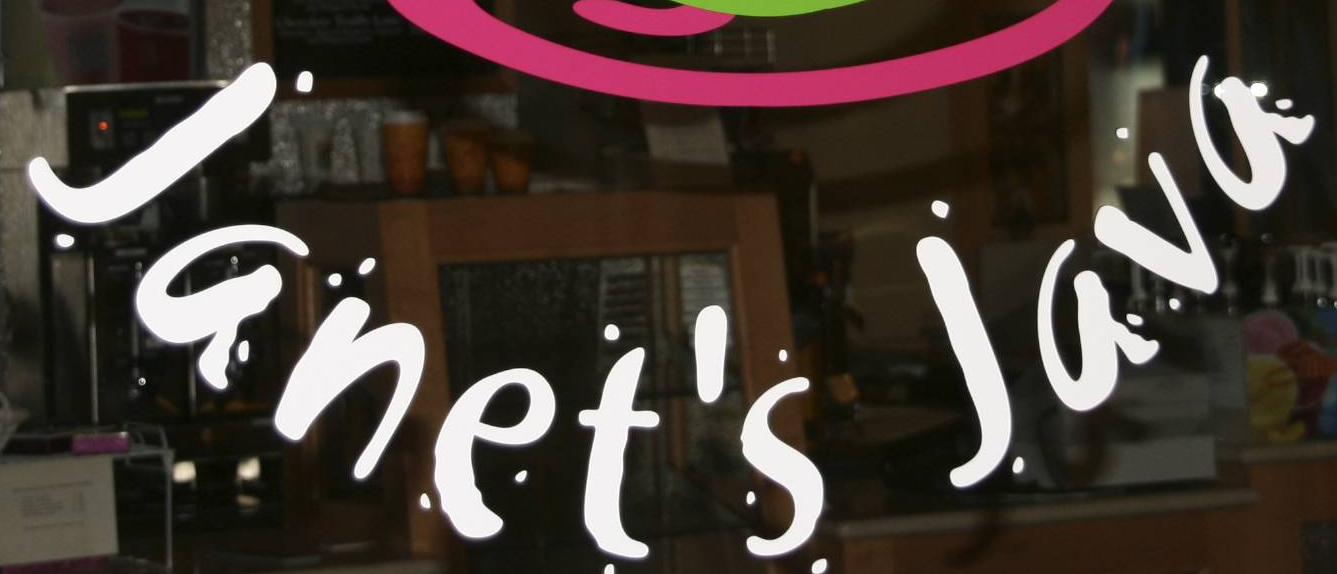
Janet's Java